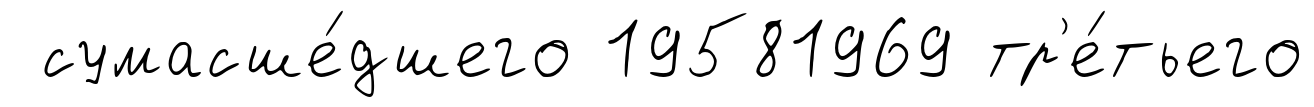
сумасше́дшего 19581969 тр'е́тьего